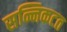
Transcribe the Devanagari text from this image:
सन्निकटत